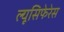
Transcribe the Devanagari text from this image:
ल्यूसिफेरेस